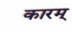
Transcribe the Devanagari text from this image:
कारम्